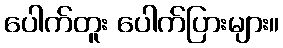
ပေါက်တူး ပေါက်ပြားများ။